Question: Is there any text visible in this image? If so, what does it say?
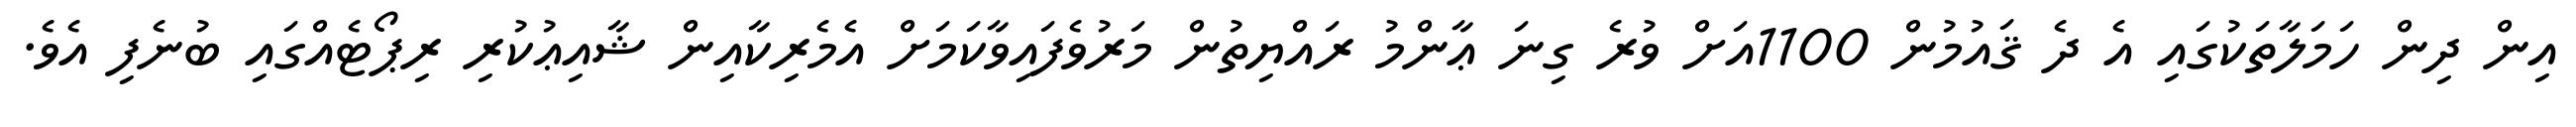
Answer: އިން ދިން ހަމަލާތަކުގައި އެ ދެ ޤައުމުން 1100އަށް ވުރެ ގިނަ ޢާންމު ރައްޔިތުން މަރުވެފައިވާކަމަށް އެމެރިކާއިން ޝާއިޢުކުރި ރިޕޯޓެއްގައި ބުނެފި އެވެ.